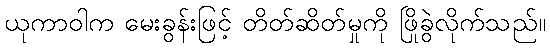
ယုကာဝါက မေးခွန်းဖြင့် တိတ်ဆိတ်မှုကို ဖြိုခွဲလိုက်သည်။